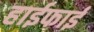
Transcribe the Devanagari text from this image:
हाईफाई